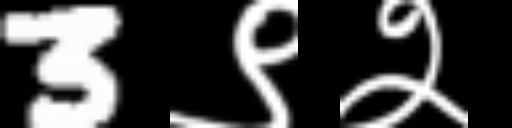
Text: 3९२